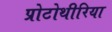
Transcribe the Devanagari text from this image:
प्रोटोथीरिया